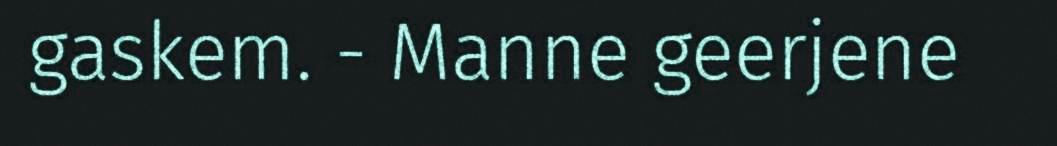
gaskem. - Manne geerjene